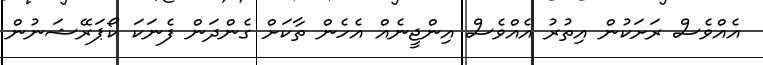
އެއްވެސް ރަށަކުން އިތުރު އެއްވެސް އިންޖީނެއް އެހެން ތާކަށް ގެންދަން ފެނަކަ ކޯޕަރޭޝަނުން